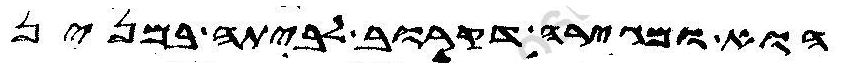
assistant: הוא ומגירה דקרוב לביתה במנין